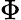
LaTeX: \Phi